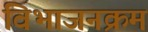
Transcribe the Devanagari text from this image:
विभाजनक्रम